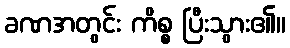
ခဏအတွင်း ကိစ္စ ပြီးသွား၏။